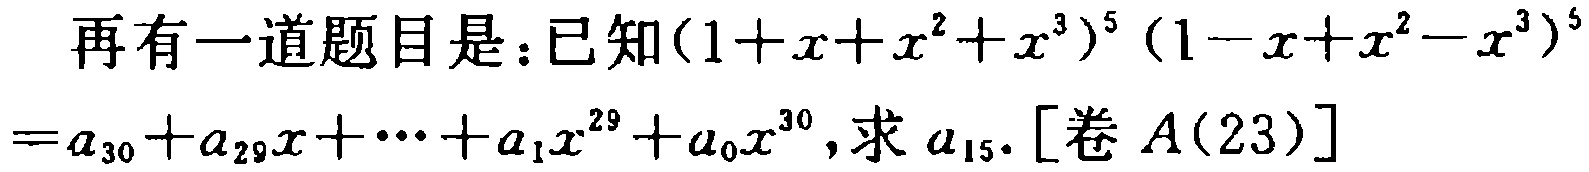
已知\((1 + x + x^{2} + x^{3})^{5}(1 - x + x^{2} - x^{3})^{5}=a_{30}+a_{29}x+\cdots +a_{1}x^{29}+a_{0}x^{30}\)，求\(a_{15}\). [卷\(A(23)\)]